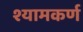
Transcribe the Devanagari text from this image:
श्यामकर्ण